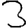
Digit: 3